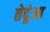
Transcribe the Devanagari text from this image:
तेदूंआ